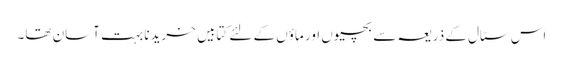
اس سٹال کے ذریعہ سے بچیوں اور ماؤں کے لئے کتابیں خریدنا بہت آسان تھا۔